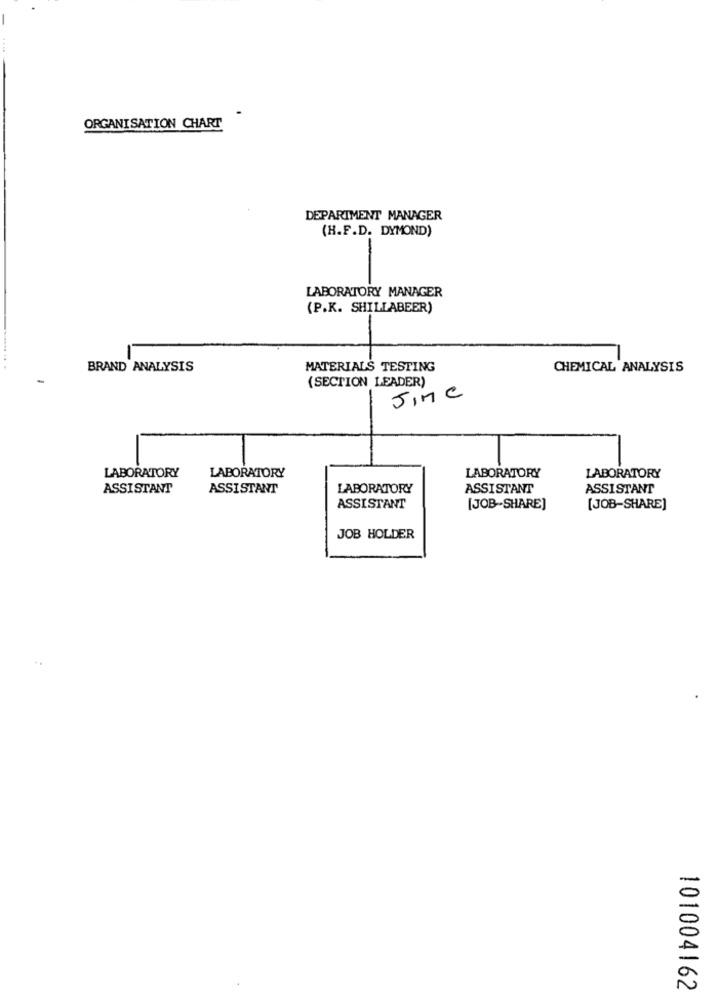
ORGANISATION CHART
DEPARTMENT MANAGER
(H.F.D. DYMOND)
-
LABORATORY MANAGER
(P.K. SHILLABEER)
-
BRAND ANALYSIS
MATERIALS TESTING
CHEMICAL ANALYSIS
(SECTION LEADER)
-
JIMC
LABORATORY
LABORATORY
LABORATORY
LABORATORY
ASSISTANT
ASSISTANT
LABORATORY
ASSISTANT
ASSISTANT
ASSISTANT
[JOB-SHARE]
[JOB-SHARE]
JOB HOLDER
101004162